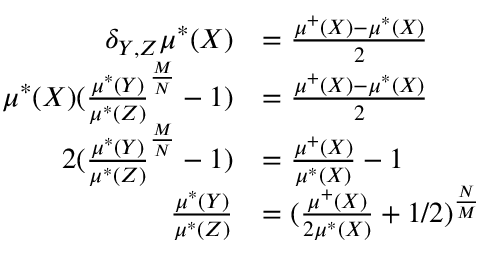
\begin{array} { r l } { \delta _ { Y , Z } \mu ^ { * } ( X ) } & { = \frac { \mu ^ { + } ( X ) - \mu ^ { * } ( X ) } { 2 } } \\ { \mu ^ { * } ( X ) ( \frac { \mu ^ { * } ( Y ) } { \mu ^ { * } ( Z ) } ^ { \frac { M } { N } } - 1 ) } & { = \frac { \mu ^ { + } ( X ) - \mu ^ { * } ( X ) } { 2 } } \\ { 2 ( \frac { \mu ^ { * } ( Y ) } { \mu ^ { * } ( Z ) } ^ { \frac { M } { N } } - 1 ) } & { = \frac { \mu ^ { + } ( X ) } { \mu ^ { * } ( X ) } - 1 } \\ { \frac { \mu ^ { * } ( Y ) } { \mu ^ { * } ( Z ) } } & { = ( \frac { \mu ^ { + } ( X ) } { 2 \mu ^ { * } ( X ) } + 1 / 2 ) ^ { \frac { N } { M } } } \end{array}